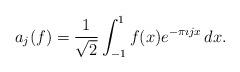
LaTeX: \begin{align*}a_{j}(f) = \frac{1}{\sqrt{2}} \int_{-1}^{1} f(x) e^{-\pi \imath j x} \, dx.\end{align*}